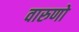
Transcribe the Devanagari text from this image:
वारुणो